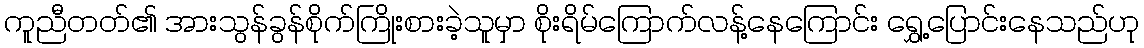
ကူညီတတ်၏ အားသွန်ခွန်စိုက်ကြိုးစားခဲ့သူမှာ စိုးရိမ်ကြောက်လန့်နေကြောင်း ရွှေ့ပြောင်းနေသည်ဟု